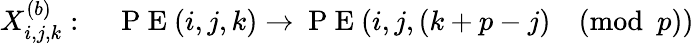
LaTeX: X_{i,j,k}^{(b)}:\quad\mathrm{~P~E~}(i,j,k)\rightarrow\mathrm{~P~E~}(i,j,(k+p-j)\pmod p)